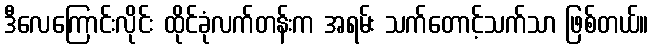
ဒီလေကြောင်းလိုင်း ထိုင်ခုံလက်တန်းက အရမ်း သက်တောင့်သက်သာ ဖြစ်တယ်။